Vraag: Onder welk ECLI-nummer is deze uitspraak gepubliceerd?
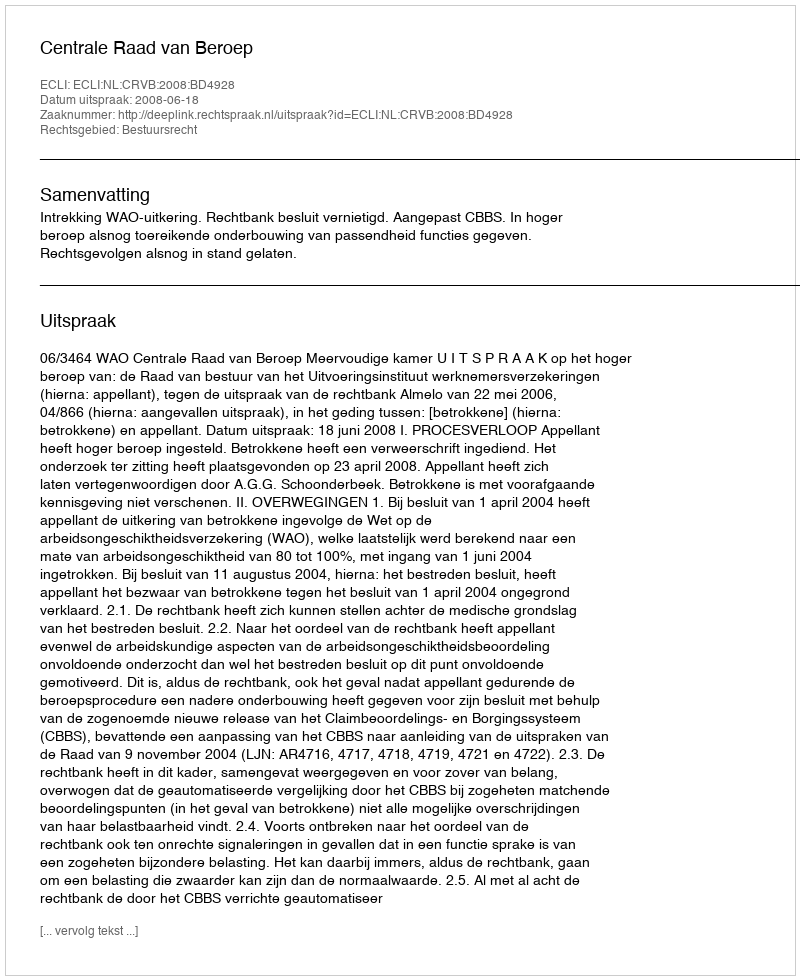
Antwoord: ECLI:NL:CRVB:2008:BD4928